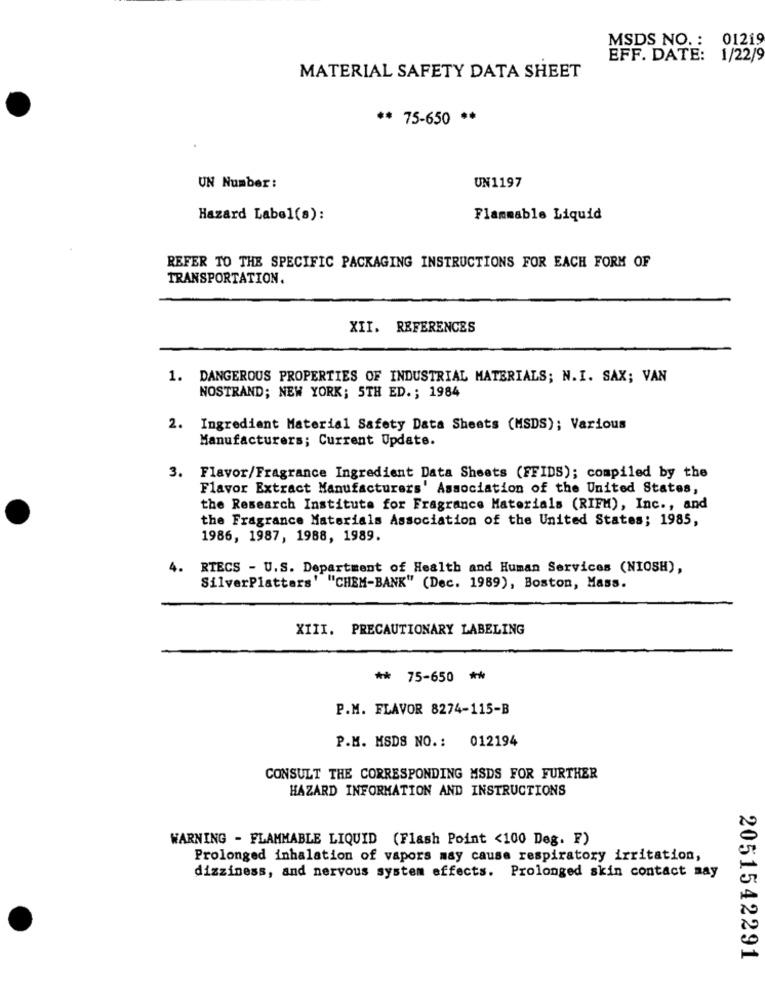
MSDS NO .: 01219
EFF. DATE: 1/22/9
MATERIAL SAFETY DATA SHEET
** 75-650 **
UN Number:
UN1197
Hazard Label(a):
Flammable Liquid
REFER TO THE SPECIFIC PACKAGING INSTRUCTIONS FOR EACH FORM OF
TRANSPORTATION.
XII. REFERENCES
1. DANGEROUS PROPERTIES OF INDUSTRIAL MATERIALS; N.I. SAX; VAN
NOSTRAND; NEW YORK; 5TH ED .; 1984
2. Ingredient Material Safety Data Sheets (MSDS); Various
Manufacturers; Current Update.
3. Flavor/Fragrance Ingredient Data Sheets (FFIDS); compiled by the
Flavor Extract Manufacturers' Association of the United States,
the Research Institute for Fragrance Materials (RIFM), Inc ., and
the Fragrance Materials Association of the United States; 1985,
1986, 1987, 1988, 1989.
4.
RTECS - U.S. Department of Health and Human Services (NIOSH),
SilverPlatters' "CHEM-BANK" (Dec. 1989), Boston, Mass.
XIII. PRECAUTIONARY LABELING
** 75-650 **
P.M. FLAVOR 8274-115-B
P.M. MSDS NO .: 012194
CONSULT THE CORRESPONDING MSDS FOR FURTHER
HAZARD INFORMATION AND INSTRUCTIONS
WARNING - FLAMMABLE LIQUID (Flash Point <100 Deg. F)
Prolonged inhalation of vapors may cause respiratory irritation,
dizziness, and nervous system effects. Prolonged skin contact may
2051542291